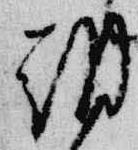
朝